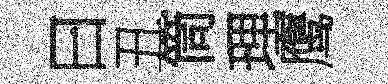
曰丑筒理鹰